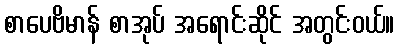
စာပေဗိမာန် စာအုပ် အရောင်းဆိုင် အတွင်းဝယ်။